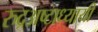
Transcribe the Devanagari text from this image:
रुद्रअष्‍टाध्‍यायी